Vaccination in Bombay 1863-1868 - 1863-1868
Year: 1863
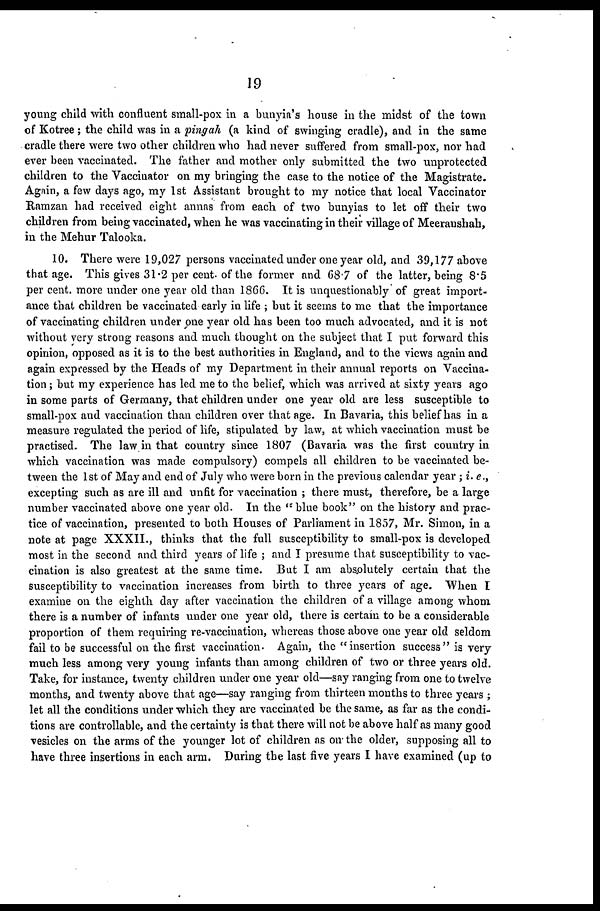
19
young child with confluent small-pox in a bunyia's house in the midst of the town
of Kotree ; the child was in a pingah (a kind of swinging cradle), and in the same
cradle there were two other children who had never suffered from small-pox, nor had
ever been vaccinated. The father and mother only submitted the two unprotected,
children to the Vaccinator on my bringing the case to the notice of the Magistrate.
Again, a few days ago, my 1st Assistant brought to my notice that local Vaccinator
Ramzan had received eight annas from each of two bunyias to let off their two
children from being vaccinated, when he was vaccinating in their village of Meeranshah,
in the Mehur Talooka.
10. There were 19,027 persons vaccinated under one year old, and 39,177 above
that age. This gives 31.2 per cent. of the former and 68.7 of the latter, being 8.5
per cent. more under one year old than 1866. It is unquestionably of great import-
ance that children be vaccinated early in life ; but it seems to me that the importance
of vaccinating children under one year old has been too much advocated, and it is not
without very strong reasons and much thought on the subject that I put forward this
opinion, opposed as it is to the best authorities in England, and to the views again and
again expressed by the Heads of my Department in their annual reports on Vaccina-
tion ; but my experience has led me to the belief, which was arrived at sixty years ago
in some parts of Germany, that children under one year old are less susceptible to
small-pox and vaccination than children over that age. In Bavaria, this belief has in a
measure regulated the period of life, stipulated by law, at which vaccination must be
practised. The law in that country since 1807 (Bavaria was the first country in
which vaccination was made compulsory) compels all children to be vaccinated be-
tween the 1st of May and end of July who were born in the previous calendar year ; i. e.,
excepting such as are ill and unfit for vaccination ; there must, therefore, be a large
number vaccinated above one year old. In the "blue book" on the history and prac-
tice of vaccination, presented to both Houses of Parliament in 1857, Mr. Simon, in a
note at page XXXII., thinks that the full susceptibility to small-pox is developed
most in the second and third years of life ; and I presume that susceptibility to vac-
cination is also greatest at the same time. But I am absolutely certain that the
susceptibility to vaccination increases from birth to three years of age. When I
examine on the eighth day after vaccination the children of a village among whom
there is a number of infants under one year old, there is certain to be a considerable
proportion of them requiring re-vaccination, whereas those above one year old seldom
fail to be successful on the first vaccination. Again, the "insertion success" is very
much less among very young infants than among children of two or three years old.
Take, for instance, twenty children under one year old—say ranging from one to twelve
months, and twenty above that age—say ranging from thirteen months to three years ;
let all the conditions under which they are vaccinated be the same, as far as the condi-
tions are controllable, and the certainty is that there will not be above half as many good
vesicles on the arms of the younger lot of children as on the older, supposing all to
have three insertions in each arm. During the last five years I have examined (up to